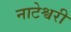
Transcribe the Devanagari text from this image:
नाटेश्वरी